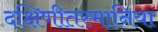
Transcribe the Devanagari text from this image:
दक्षिणीतस्मानिया